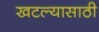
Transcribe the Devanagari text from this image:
खटल्यासाठी